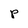
Character: P